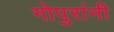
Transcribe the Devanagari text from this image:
गोपुरांनी